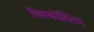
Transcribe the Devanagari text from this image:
विस्कोंस्टिग